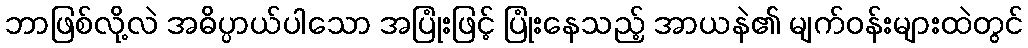
ဘာဖြစ်လို့လဲ အဓိပ္ပာယ်ပါသော အပြုံးဖြင့် ပြုံးနေသည့် အာယနဲ၏ မျက်ဝန်းများထဲတွင်